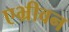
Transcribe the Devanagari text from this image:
एभ्रीवन